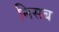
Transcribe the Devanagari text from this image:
निसब